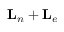
{ \mathbf { L } } _ { n } + { \mathbf { L } } _ { e }